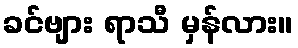
ခင်ဗျား ရာသီ မှန်လား။